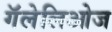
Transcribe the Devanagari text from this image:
गॅलेलिओज